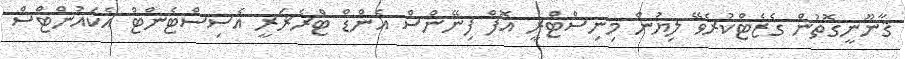
ޤާނޫނީގޮތުން ގެޒެޓްކުރެވޭ ލިޔުން މިނިސްޓްރީ އޮފް ފިނޭންސް އެންޑް ޓްރެޜަރީ އެސިސްޓެންޓް އެކައުންޓްސް